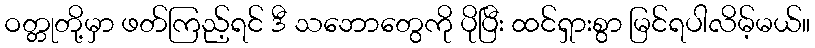
ဝတ္တုတို့မှာ ဖတ်ကြည့်ရင် ဒီ သဘောတွေကို ပိုပြီး ထင်ရှားစွာ မြင်ရပါလိမ့်မယ်။